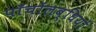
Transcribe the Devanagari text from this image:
पाँचोंलब्धियों